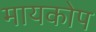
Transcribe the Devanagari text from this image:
मायकोप